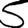
Digit: 5